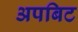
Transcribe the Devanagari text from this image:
अपबिट